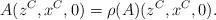
LaTeX: \begin{align*}A(z^C,x^C,0)=\rho(A)(z^C,x^C,0).\end{align*}